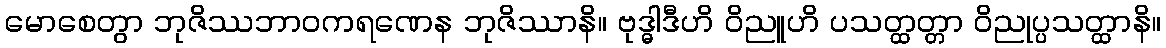
မောစေတွာ ဘုဇိဿဘာဝကရဏေန ဘုဇိဿာနိ။ ဗုဒ္ဓါဒီဟိ ဝိညူဟိ ပသတ္ထတ္တာ ဝိညုပ္ပသတ္ထာနိ။